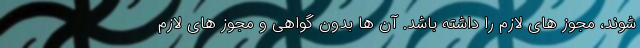
شوند، مجوز های لازم را داشته باشد. آن ها بدون گواهی و مجوز های لازم